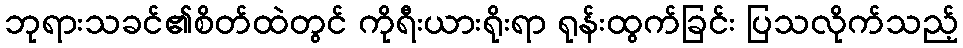
ဘုရားသခင်၏စိတ်ထဲတွင် ကိုရီးယားရိုးရာ ရုန်းထွက်ခြင်း ပြသလိုက်သည့်